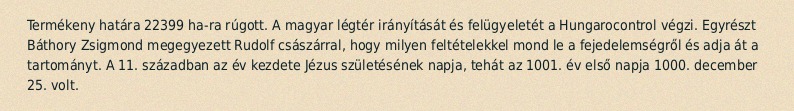
Termékeny határa 22399 ha-ra rúgott. A magyar légtér irányítását és felügyeletét a Hungarocontrol végzi. Egyrészt Báthory Zsigmond megegyezett Rudolf császárral, hogy milyen feltételekkel mond le a fejedelemségről és adja át a tartományt. A 11. században az év kezdete Jézus születésének napja, tehát az 1001. év első napja 1000. december 25. volt.